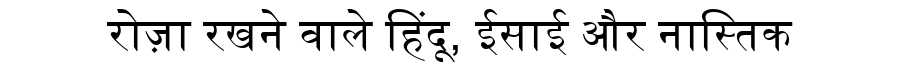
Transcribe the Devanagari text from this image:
रोज़ा रखने वाले हिंदू, ईसाई और नास्तिक